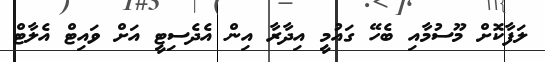
ލަފާކޮށް މޫސުމާއި ބެހޭ ގައުމީ އިދާރާ އިން އެދެސިޓީ އަށް ވައިޓް އެލާޓް